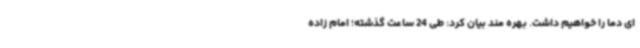
ای دما را خواهیم داشت. بهره مند بیان کرد: طی 24 ساعت گذشته؛ امام زاده